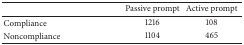
<table><thead><tr><td></td><td><b>Passive prompt</b></td><td><b>Active prompt</b></td></tr></thead><tbody><tr><td>Compliance</td><td>1216</td><td>108</td></tr><tr><td>Noncompliance</td><td>1104</td><td>465</td></tr></tbody></table>